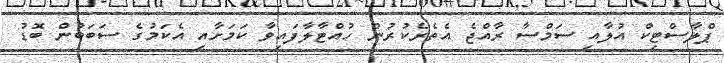
ޕްލާސްޓިކް އުލާއި ސަމްސާ ރާއްޖެ އެތެރެކުރުން ހުއްޓާލާފައިވާ ކަމަށާއި އެކަމުގެ ސަބަބުން ބޮޑު